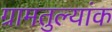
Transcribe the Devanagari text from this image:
ग्रामतुल्यांक